Lunatic asylums Central Provinces reports 1895-1909 - 1895-1909
Year: 1895
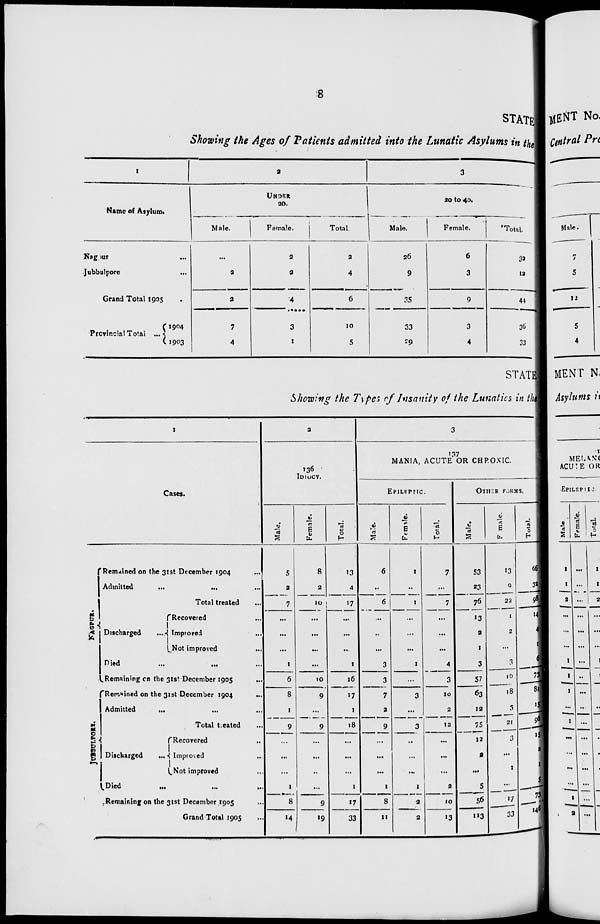
8
STATE
Showing the Ages of Patients admitted into the Lunatic Asylums in the
1
Name of Asylum.
Nagpur ...
Jubbulpore ...
Grand Total 1905
Provincial Total ...
1904
1903
2
UNDER
20.
Male.
...
3
2
7
4
Female.
2
2
4
3
1
Total.
2
4
6
10
5
3
20 to 40.
Male.
26
9
35
33
29
Female.
6
3
9
3
4
Total.
32
12
44
36
33
STATE
Showing the Types of Insanity of the Lunatics in the
1
Cases.
NAGPUR.
JUBBULPORE.
Remained on the 31st December 1904 ...
Admitted ... ... ...
Total treated ...
Discharged ...
Died
Recovered ...
Improved ...
Not improved ...
... ...
Remaining on the 31st December 1905 ...
Remained on the 31st December 1904 ...
Admitted ... ... ...
Total treated ...
Discharged
...
Recovered
...
Improved ...
Not improved ...
Died ... ... ...
Remaining on the 31st December 1905 ...
Grand Total 1905 ...
2
136
IDIOCY.
Male.
5
2
7
...
...
...
1
6
8
1
9
...
...
...
1
8
14
Female.
8
2
10
...
...
...
...
10
9
...
9
...
...
...
...
9
19
Total.
13
4
17
...
...
...
1
16
17
1
18
...
...
...
1
17
33
3
137
MANIA, ACUTE OR CHRONIC.
EPILEPTIC.
Male.
6
...
6
...
...
...
3
3
7
2
9
...
...
...
1
8
11
Female.
1
...
1
...
...
...
1
...
3
...
3
...
...
...
1
2
2
Total.
7
...
7
...
...
...
4
3
10
2
12
...
...
...
2
10
13
OTHER FROMS.
Male.
53
23
76
13
2
1
3
57
63
12
75
12
2
...
5
56
113
Female.
13
9
22
1
2
...
3
16
18
3
21
3
...
1
...
17
33
Total.
66
32
98
14
4
1
6
73
81
15
96
15
2
1
5
73
146